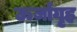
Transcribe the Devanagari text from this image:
ऊर्जागृह